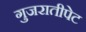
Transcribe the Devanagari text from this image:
गुजरातीपेट